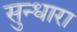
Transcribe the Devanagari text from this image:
सुन्धारा